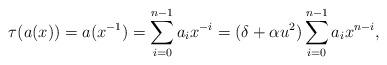
LaTeX: \begin{align*}\tau(a(x))=a(x^{-1})=\sum_{i=0}^{n-1}a_ix^{-i}=(\delta+\alpha u^2)\sum_{i=0}^{n-1}a_ix^{n-i},\end{align*}